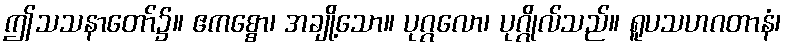
ဤသသနာတော်၌။ ဧကစ္စော၊ အချို့သော။ ပုဂ္ဂလော၊ ပုဂ္ဂိုလ်သည်။ ရူပသဟဂတာနံ၊